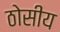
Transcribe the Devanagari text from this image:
ठोसीय